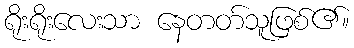
ရိုးရိုးလေးသာ နေတတ်သူဖြစ်၏။